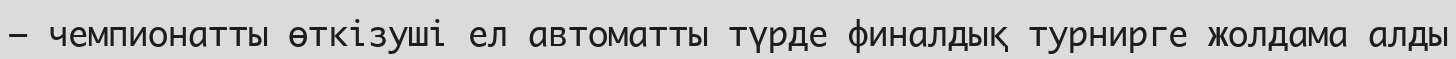
— чемпионатты өткізуші ел автоматты түрде финалдық турнирге жолдама алды